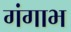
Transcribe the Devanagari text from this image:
गंगाभ